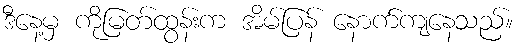
ဒီနေ့မှ ကိုမြတ်ထွန်းက အိမ်ပြန် နောက်ကျနေသည်။